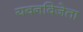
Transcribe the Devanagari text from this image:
यवनविजेता